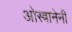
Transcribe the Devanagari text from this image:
ओस्त्रानेनी